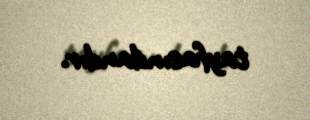
tayfasındandır.